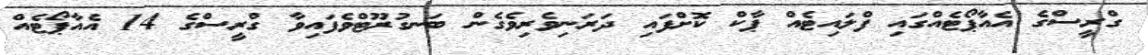
ގްރީސްގެ އެއާޕޯޓެއްގައި ފްލައިޓެއް ޕާކް ކޮށްފައި ދަރަނިވެރިވެގެން ބަނގުރޫޓްވެފައިވާ ގްރީސްގެ 14 އެއާޕޯޓެއް